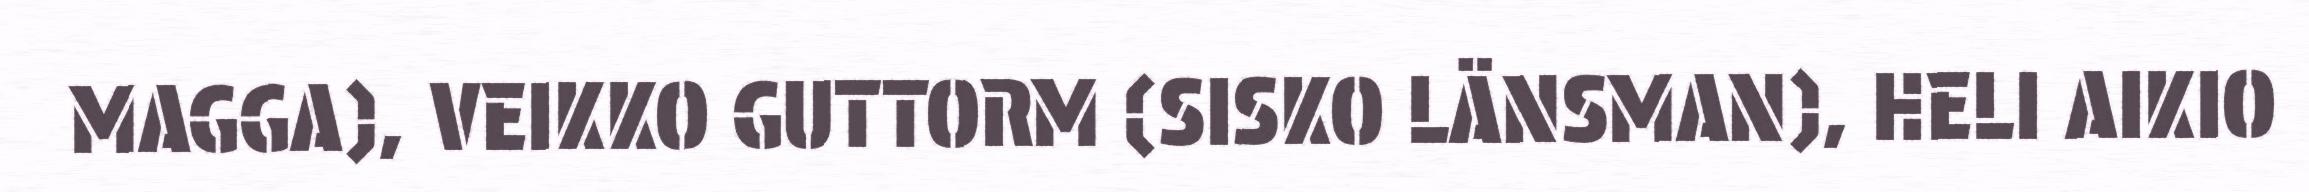
MAGGA), VEIKKO GUTTORM (SISKO LÄNSMAN), HELI AIKIO